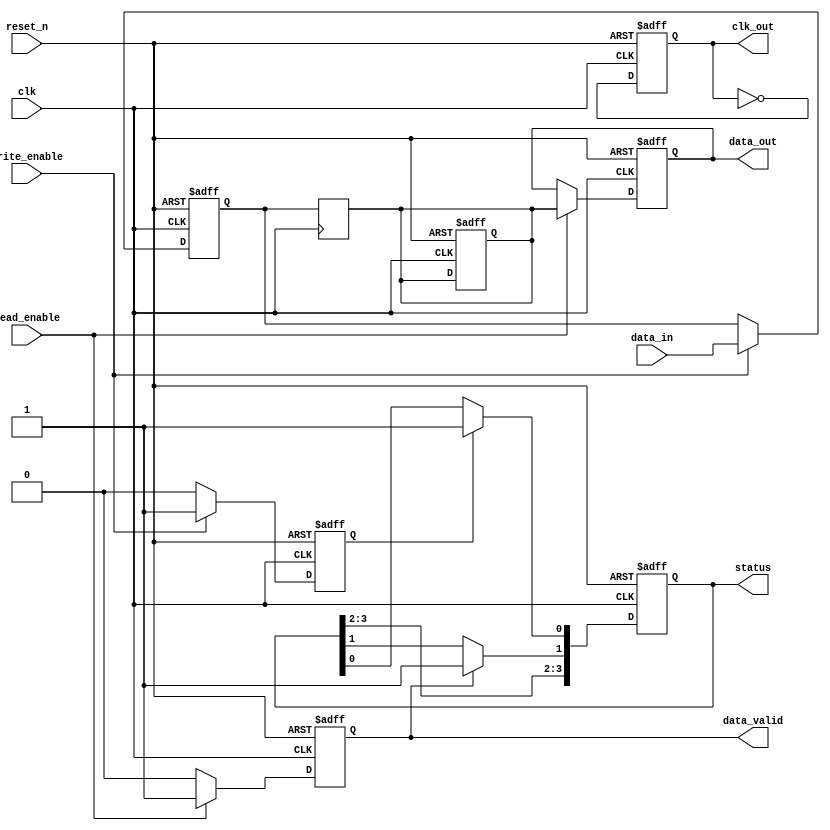
module gddr6_io_block #(
    parameter DATA_WIDTH = 32,             // Data width: 16 or 32 bits
    parameter CLK_FREQ = 8000               // Clock frequency in MHz
)(
    input wire clk,                         // Reference clock
    input wire reset_n,                     // Active low reset
    input wire [DATA_WIDTH-1:0] data_in,   // Data input from memory controller
    output reg [DATA_WIDTH-1:0] data_out,  // Data output to memory controller
    input wire read_enable,                 // Read enable signal
    input wire write_enable,                // Write enable signal
    output reg data_valid,                  // Data valid output
    output reg [3:0] status,                // Status signals
    output reg clk_out                      // Output clock for memory
);

    // Internal signals
    reg [DATA_WIDTH-1:0] tx_data;           // Data to be transmitted
    reg [DATA_WIDTH-1:0] rx_data;           // Data received from the memory chip
    reg tx_ready, rx_ready;                  // TX and RX ready flags

    // Clock Management
    always @(posedge clk or negedge reset_n) begin
        if (!reset_n) begin
            clk_out <= 1'b0;                 // Reset clock output
        end else begin
            clk_out <= ~clk_out;              // Toggle clock for memory interface
        end
    end

    // Transmitter Logic
    always @(posedge clk or negedge reset_n) begin
        if (!reset_n) begin
            tx_data <= 0;
            tx_ready <= 1'b0;
        end else if (write_enable) begin
            tx_data <= data_in;               // Load data for transmission
            tx_ready <= 1'b1;                 // Indicate data is ready to be transmitted
        end else begin
            tx_ready <= 1'b0;                 // Clear ready flag
        end
    end

    // Receiver Logic
    always @(posedge clk or negedge reset_n) begin
        if (!reset_n) begin
            rx_data <= 0;
            data_out <= 0;
            data_valid <= 1'b0;
        end else if (read_enable) begin
            data_out <= rx_data;              // Output received data
            data_valid <= 1'b1;               // Indicate valid data
        end else begin
            data_valid <= 1'b0;                // Clear valid signal
        end
    end

    // Status Logic
    always @(posedge clk or negedge reset_n) begin
        if (!reset_n) begin
            status <= 4'b0000;                // Reset status signals
        end else begin
            // Example status logic (can be expanded)
            if (tx_ready) status[0] <= 1'b1;  // TX ready status
            if (data_valid) status[1] <= 1'b1; // Data valid status
        end
    end

    // Placeholder for RX data assignment (this should be connected to actual RX circuitry)
    always @(posedge clk) begin
        // Here you would implement the actual data reception logic
        // For example, using a serializer/deserializer or other techniques
        rx_data <= tx_data;                    // Placeholder: echo TX data back for demonstration
    end

endmodule